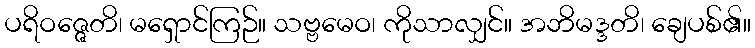
ပရိဝဇ္ဇေတိ၊ မရှောင်ကြဉ်။ သဗ္ဗမေဝ၊ ကိုသာလျှင်။ အဘိမဒ္ဒတိ၊ ချေပစ်၏။